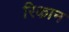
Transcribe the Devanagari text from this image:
रिकान